Annual administration report of the Civil Veterinary Department of India - 1896-1897
Year: 1896
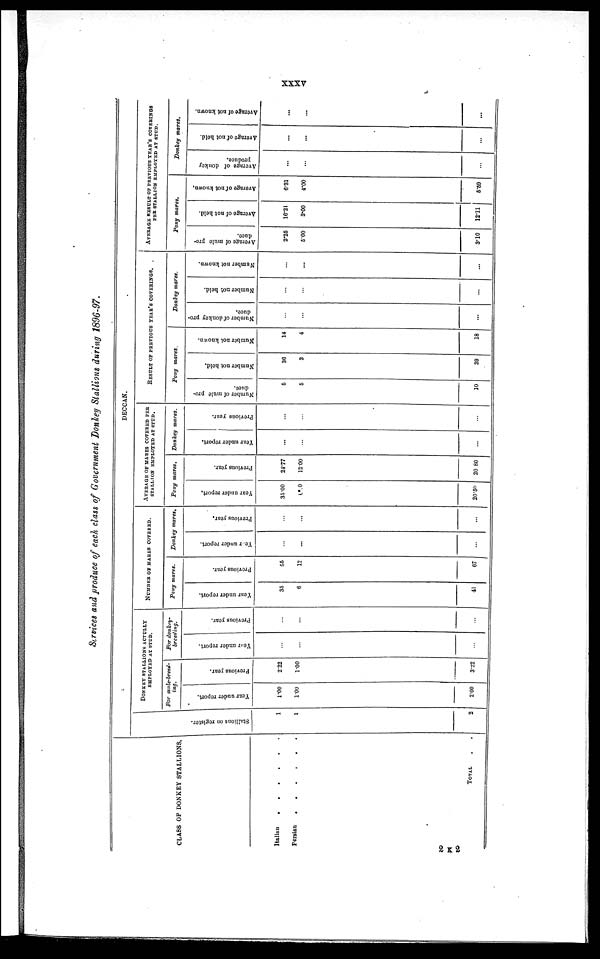
XXXV
Services and produce of each class of Government Donkey Stallions during 1896-97.
CLASS OF DONKEY STALLIONS.
Italian
.
.
.
.
.
.
Persian
.
.
.
.
.
.
TOTAL . .
Stallions on register.
1
1
2
DONKEY STALLIONS ACTULLY EMPLOYED AT STUD.
For mule-breed-
ing.
Year under report.
1.00
1.00
2.00
Previous year.
2.22
1.00
3.22
For donkey-
breeding.
Year under report.
...
...
...
Previous year.
...
...
...
NUMBER OR MARES COVERED.
Pony mares.
Year under report.
35
6
41
Previous year.
55
12
67
Donkey mares.
Year
under report.
...
...
...
Previous year.
...
...
...
DECCAN.
AVERAGE OF MARES COVERED PER STALLION EMPLOYED AT STUD.
Pony mares.
Year under report.
35.00
6.0
20.50
Previous year.
2477
12.00
20 80
Donkey mares.
Year under report.
...
...
...
Previous year.
...
...
...
RESULT OF PREVIOUS YEAR'S COVERINGS.
Pony mares.
Number of mule pro-
duce.
6
5
10
Number not held.
36
3
39
Number not known.
14
4
18
Donkey mares.
Number of donkey pro-
duce.
...
...
...
Number not held.
...
...
...
Number not known.
...
...
...
AVERAGE RESULT OF PREVIOUS YEAR'S COVERINGS PER STALLION EMPLOYED AT S
Pony mares.
Average of mule pro-
duce
2.25
5.00
3.10
Average of not held.
10.21
3.00
12.11
Average of not known.
6.31
4.00
5.59
Donkey mares.
Average of donkey
produce.
...
...
...
Average of not held.
...
...
...
Average of not known.
...
...
...
2 K 2